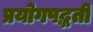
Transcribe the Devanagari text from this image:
प्रयोगपद्धती